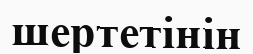
шертетінін